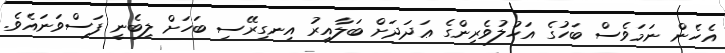
އެހެން ނަމަވެސް ބަހުގެ އަހުލުވެރިންގެ ޢަދަދަށް ބަލާއިރު އިނގިރޭސި ބަހަށް ލިބެނީ ފަސްވަނައެވެ.